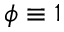
\phi \equiv 1